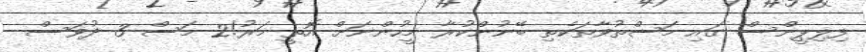
ފިލިޕީންސް ގައި މަސްތުވާތަކެތި ބޭނުންކުރާ މީހުންނަށް އޮތީ މަރު!2 މަސް 3 ދުވަސް